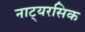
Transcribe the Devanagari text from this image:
नाट्यरसिक